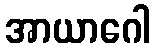
အာယာဂေါ